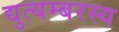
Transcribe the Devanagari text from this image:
द्युत्यम्बरस्य